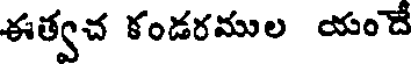
ఈత్వచ కండరముల యందే